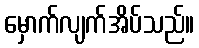
မှောက်လျက်အိပ်သည်။